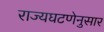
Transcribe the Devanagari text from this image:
राज्यघटणेनुसार